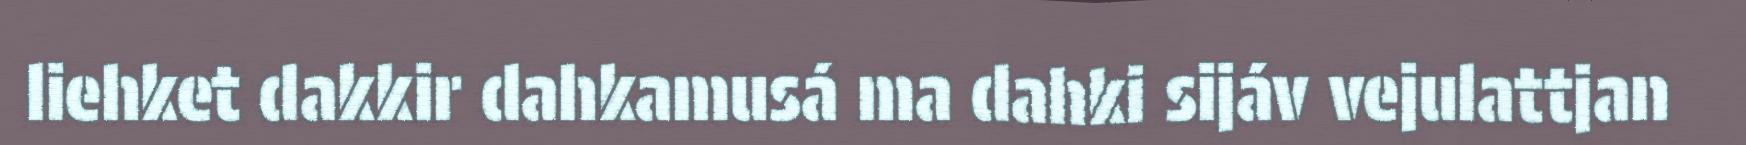
liehket dakkir dahkamusá ma dahki sijáv vejulattjan